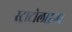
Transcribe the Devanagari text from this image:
स्ट्राटोलाइनर